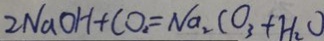
2 N a O H + C O _ { 2 } = N a _ { 2 } C O _ { 3 } + H _ { 2 } O